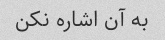
به آن اشاره نکن